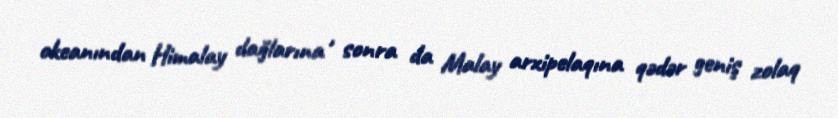
okeanından Himalay dağlarına , sonra da Malay arxipelaqına qədər geniş zolaq